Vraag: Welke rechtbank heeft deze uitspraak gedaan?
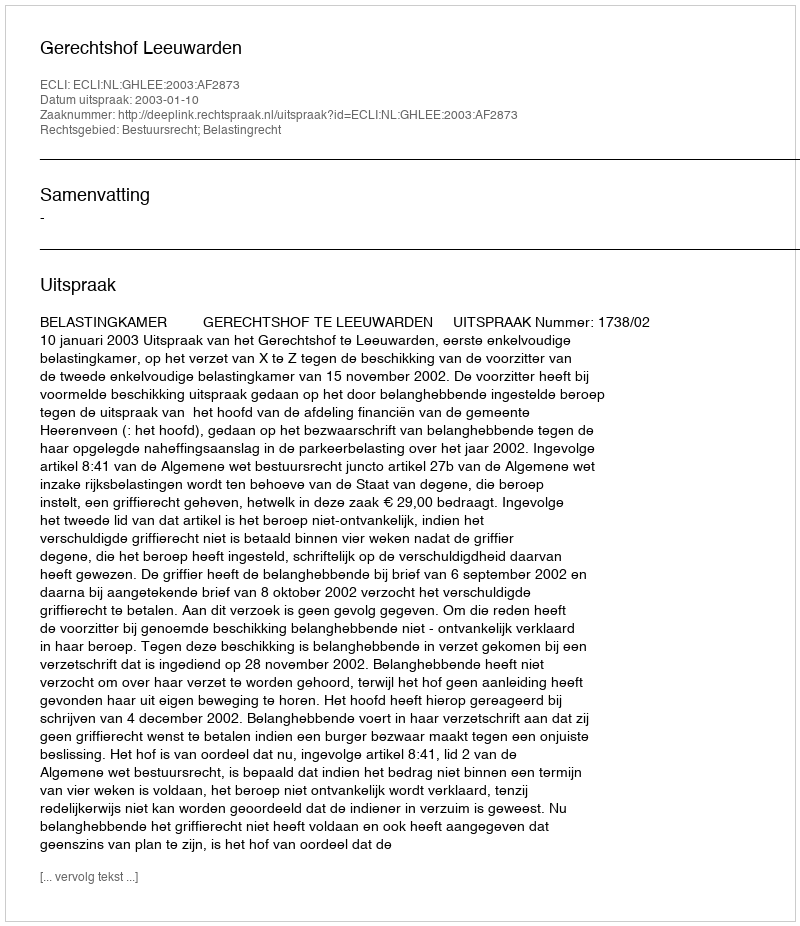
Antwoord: Gerechtshof Leeuwarden